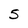
Character: 5